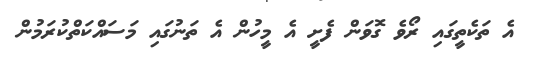
އެ ތަކެތީގައި ރޯވެ ގޮވަން ފެށީ އެ މީހުން އެ ތަނުގައި މަސައްކަތްކުރަމުން